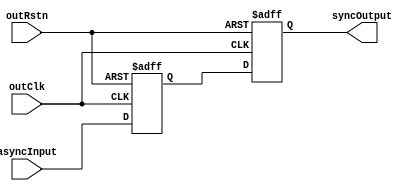
// Silicon Creations
// Copyright 2012 Silicon Creations LLC. All rights reserved.
// support@siliconcr.com

`timescale 1ns / 1ps

module CORERFDsync (
        outClk,
        outRstn,
        asyncInput,
        syncOutput
    );

    parameter SIGNAL_WIDTH = 1;
    parameter INIT_VAL = 0;

    input  outClk;                          // clock from output clock domain
    input  outRstn;                         // active LOW reset from output clock domain
    input  [SIGNAL_WIDTH-1:0] asyncInput;   // input from input clock domain
    output [SIGNAL_WIDTH-1:0] syncOutput;   // output synchronized to output clock domain

    reg [SIGNAL_WIDTH-1:0] syncOutput;
    reg [SIGNAL_WIDTH-1:0] syncTemp;

    always @ (posedge outClk or negedge outRstn) begin
        if (!outRstn) begin
            syncTemp   <= {(SIGNAL_WIDTH){INIT_VAL[0]}};
            syncOutput <= {(SIGNAL_WIDTH){INIT_VAL[0]}};
        end
        else begin
            syncTemp   <= asyncInput;
            syncOutput <= syncTemp;
        end
    end
endmodule